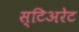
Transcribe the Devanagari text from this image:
स्टिअरेट